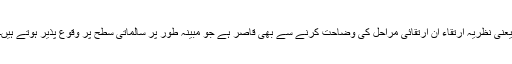
یعنی نظریہ ارتقاء ان ارتقائی مراحل کی وضاحت کرنے سے بھی قاصر ہے جو مبینہ طور پر سالماتی سطح پر وقوع پذیر ہوتے ہیں۔